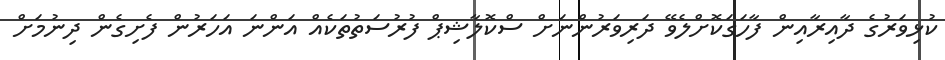
ކުޅިވަރުގެ ދާއިރާއިން ފާހަގަކޮށްލެވޭ ދަރިވަރުންނަށް ސްކޮލާޝިޕް ފުރުސަތުތަކެއް އަންނަ އަހަރުން ފެށިގެން ދިނުމަށް